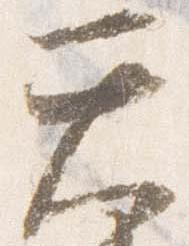
天